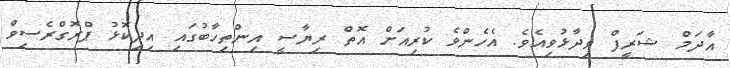
އާދަމް ޝަރީފް ވިދާޅުވިއެވެ. އެހެންވެ ކުރިއަށް އޮތް ރިޔާސީ އިންތިހާބުގައި އިދިކޮޅު ޕްރޮގްރެސިވް